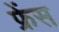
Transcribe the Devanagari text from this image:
फ्रेंस